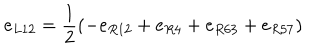
e _ { L 1 2 } = \frac { 1 } { 2 } ( - e _ { R 1 2 } + e _ { R 4 } + e _ { R 6 3 } + e _ { R 5 7 } )